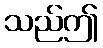
သည်ဤ